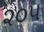
૨૦૫